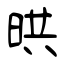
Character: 晎